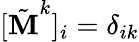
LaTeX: [\tilde{\textbf{M}}^{k}]_{i}=\delta_{ik}